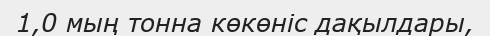
1,0 мың тонна көкөніс дақылдары,